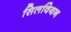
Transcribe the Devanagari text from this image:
सिलवियन